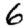
Digit: 6